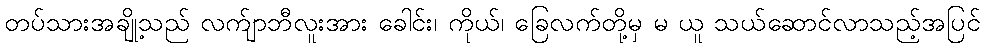
တပ်သားအချို့သည် လက်ျာဘီလူးအား ခေါင်း၊ ကိုယ်၊ ခြေလက်တို့မှ မ ယူ သယ်ဆောင်လာသည့်အပြင်